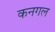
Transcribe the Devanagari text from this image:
कनगल